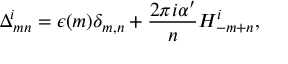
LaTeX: \Delta _ { m n } ^ { i } = \epsilon ( m ) \delta _ { m , n } + \frac { 2 \pi i \alpha ^ { \prime } } { n } H _ { - m + n } ^ { i } ,